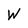
Character: W